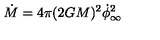
\dot { M } = 4 \pi ( 2 G M ) ^ { 2 } \dot { \phi } _ { \infty } ^ { 2 }